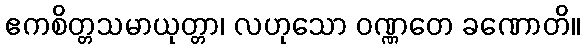
ဧကစိတ္တသမာယုတ္တာ၊ လဟုသော ဝဏ္ဏတေ ခဏောတိ။